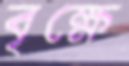
বৃক্ষে